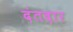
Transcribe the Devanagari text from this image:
दंतदार